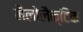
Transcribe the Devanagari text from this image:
मैलोलैक्टिक